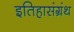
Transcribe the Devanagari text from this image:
इतिहासंग्रंथ